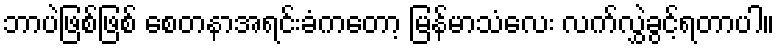
ဘာပဲဖြစ်ဖြစ် စေတနာအရင်းခံကတော့ မြန်မာသံလေး လက်လွှဲခွင့်ရတာပါ။